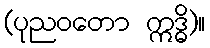
(ပုညဝတော ဣဒ္ဓိ)။